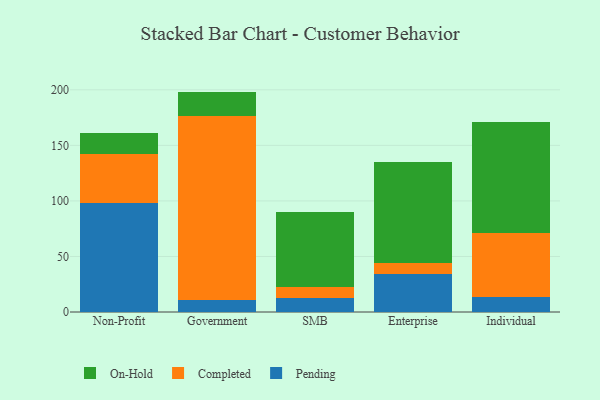
{"axis": {"x": "Segment", "y": "Bounce Rate (%)"}, "legend": ["Completed", "On-Hold", "Pending"], "data": [{"x": "Non-Profit", "y": 98.1, "type": "Pending"}, {"x": "Non-Profit", "y": 44.1, "type": "Completed"}, {"x": "Non-Profit", "y": 19.3, "type": "On-Hold"}, {"x": "Government", "y": 10.5, "type": "Pending"}, {"x": "Government", "y": 165.5, "type": "Completed"}, {"x": "Government", "y": 22.4, "type": "On-Hold"}, {"x": "SMB", "y": 12.5, "type": "Pending"}, {"x": "SMB", "y": 9.6, "type": "Completed"}, {"x": "SMB", "y": 67.5, "type": "On-Hold"}, {"x": "Enterprise", "y": 34.1, "type": "Pending"}, {"x": "Enterprise", "y": 10.3, "type": "Completed"}, {"x": "Enterprise", "y": 90.9, "type": "On-Hold"}, {"x": "Individual", "y": 13.4, "type": "Pending"}, {"x": "Individual", "y": 57.5, "type": "Completed"}, {"x": "Individual", "y": 99.7, "type": "On-Hold"}]}